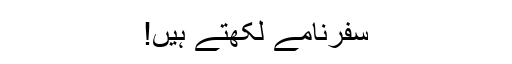
سفرنامے لکھتے ہیں!